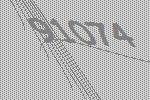
91074